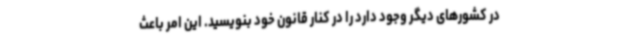
در کشورهای دیگر وجود دارد را در کنار قانون خود بنویسید. این امر باعث